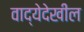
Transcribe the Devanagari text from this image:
वाद्येदेखील